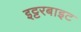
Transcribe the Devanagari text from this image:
इट्टरबाइट